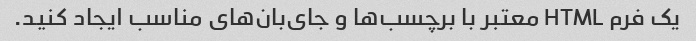
یک فرم HTML معتبر با برچسب‌ها و جای‌بان‌های مناسب ایجاد کنید.